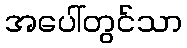
အပေါ်တွင်သာ